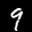
Label: 9